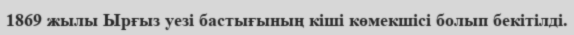
1869 жылы Ырғыз уезі бастығының кіші көмекшісі болып бекітілді.